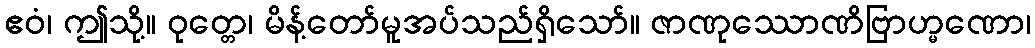
ဧဝံ၊ ဤသို့။ ဝုတ္တေ၊ မိန့်တော်မူအပ်သည်ရှိသော်။ ဇာဏုဿောဏိဗြာဟ္မဏော၊